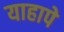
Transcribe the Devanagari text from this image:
याहापे